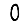
Digit: 0